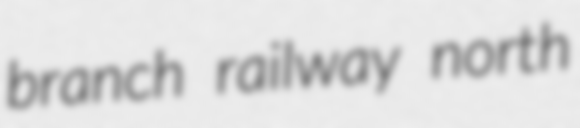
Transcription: branch railway north